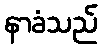
နာခံသည်